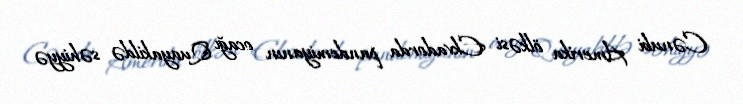
Cənubi Amerika ölkəsi Ekvadorda pandemiyanın ocağı Quayakildə səhiyyə